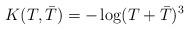
LaTeX: \begin{align*}K(T, {\bar T})= -\log( T+ {\bar T})^3\end{align*}